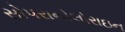
સોપરાનોલોરાઇન